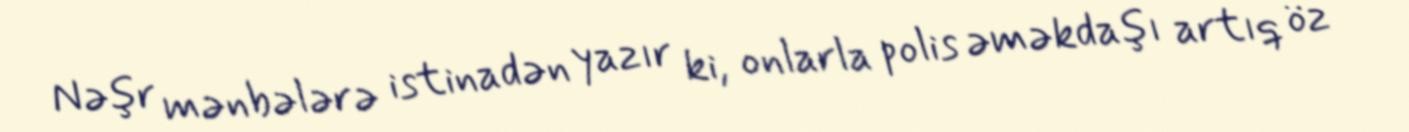
Nəşr mənbələrə istinadən yazır ki, onlarla polis əməkdaşı artıq öz